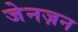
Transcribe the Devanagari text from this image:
जेनज़न